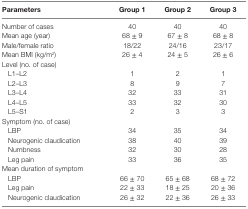
<table><thead><tr><td><b>Parameters</b></td><td><b>Group 1</b></td><td><b>Group 2</b></td><td><b>Group 3</b></td></tr></thead><tbody><tr><td>Number of cases</td><td>40</td><td>40</td><td>40</td></tr><tr><td>Mean age (year)</td><td>68 ± 9</td><td>67 ± 8</td><td>68 ± 8</td></tr><tr><td>Male/female ratio</td><td>18/22</td><td>24/16</td><td>23/17</td></tr><tr><td>Mean BMI (kg/m<sup>2</sup>)</td><td>26 ± 4</td><td>24 ± 5</td><td>26 ± 6</td></tr><tr><td>Level (no. of case)</td><td></td><td></td><td></td></tr><tr><td> L1–L2</td><td>1</td><td>2</td><td>1</td></tr><tr><td> L2–L3</td><td>8</td><td>9</td><td>7</td></tr><tr><td> L3–L4</td><td>32</td><td>33</td><td>31</td></tr><tr><td> L4–L5</td><td>33</td><td>32</td><td>30</td></tr><tr><td> L5–S1</td><td>2</td><td>3</td><td>3</td></tr><tr><td>Symptom (no. of case)</td><td></td><td></td><td></td></tr><tr><td> LBP</td><td>34</td><td>35</td><td>34</td></tr><tr><td> Neurogenic claudication</td><td>38</td><td>40</td><td>39</td></tr><tr><td> Numbness</td><td>32</td><td>30</td><td>28</td></tr><tr><td> Leg pain</td><td>33</td><td>36</td><td>35</td></tr><tr><td>Mean duration of symptom</td><td></td><td></td><td></td></tr><tr><td> LBP</td><td>66 ± 70</td><td>65 ± 68</td><td>68 ± 72</td></tr><tr><td> Leg pain</td><td>22 ± 33</td><td>18 ± 25</td><td>20 ± 36</td></tr><tr><td> Neurogenic claudication</td><td>26 ± 32</td><td>22 ± 36</td><td>26 ± 33</td></tr></tbody></table>